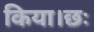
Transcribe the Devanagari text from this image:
किया।छः